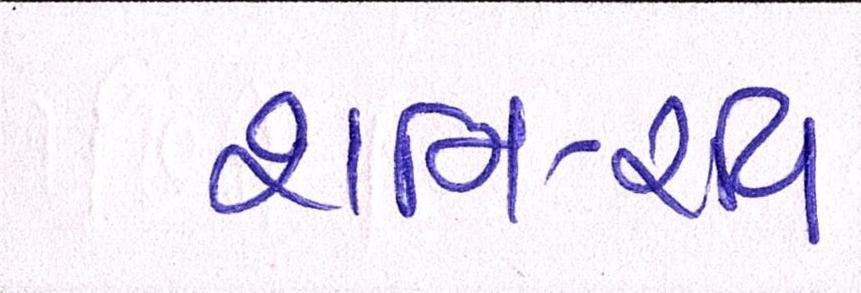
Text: શનિ-રવી